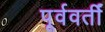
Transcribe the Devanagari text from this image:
पूर्ववर्तीं